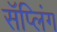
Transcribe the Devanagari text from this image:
सॅप्लिंग